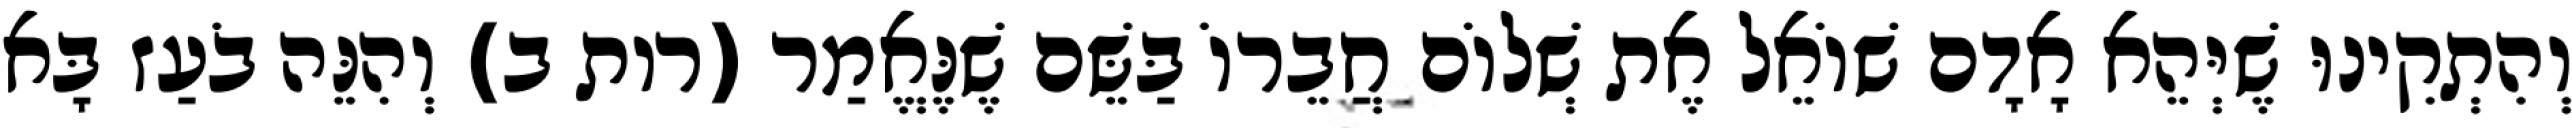
וְהִתְקִינוּ שֶׁיְּהֵא אָדָם שׁוֹאֵל אֶת שְׁלוֹם חֲבֵרוֹ בַּשֵּׁם שֶׁנֶּאֱמַר (רות ב) וְהִנֵּה בֹעַז בָּא